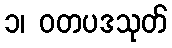
၁၊ ဝတပဒသုတ်